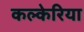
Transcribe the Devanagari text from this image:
कल्केरिया